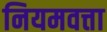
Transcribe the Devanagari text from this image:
नियमवत्ता